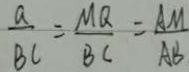
\frac { a } { B C } = \frac { M Q } { B C } = \frac { A M } { A B }